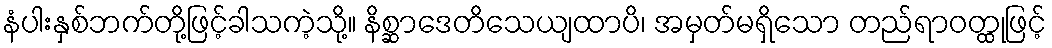
နံပါးနှစ်ဘက်တို့ဖြင့်ခါသကဲ့သို့။ နိစ္ဆာဒေတိသေယျထာပိ၊ အမှတ်မရှိသော တည်ရာဝတ္ထုဖြင့်